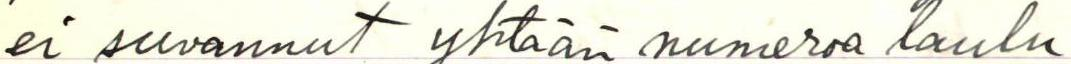
ei suvannut yhtään numeroa laulu